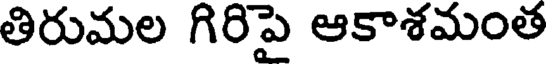
తిరుమల గిరిపై ఆకాశమంత